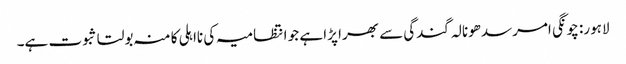
لاہور: چونگی امرسدھونالہ گندگی سے بھرا پڑا ہے جو انتظامیہ کی نااہلی کا منہ بولتا ثبوت ہے۔